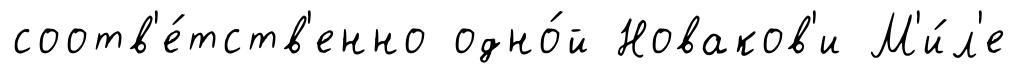
соотв'е́тств'енно одно́й Новаков'и М'и́л'е